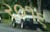
ર૦૧૬